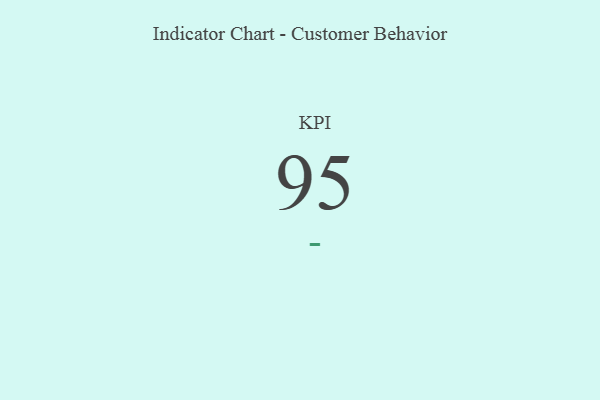
{"axis": {"x": "KPI", "y": "Value"}, "legend": [""], "data": [{"x": "KPI", "y": 95, "type": ""}]}